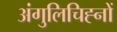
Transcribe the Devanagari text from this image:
अंगुलिचिह्नों